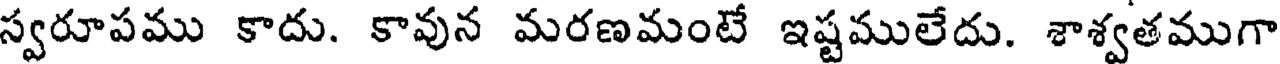
స్వరూపము కాదు. కావున మరణమంటే ఇష్టములేదు. శాశ్వతముగా